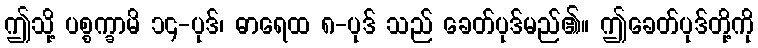
ဤသို့ ပစ္စက္ခာမိ ၁၄-ပုဒ်၊ ဓာရေထ ၈-ပုဒ် သည် ခေတ်ပုဒ်မည်၏။ ဤခေတ်ပုဒ်တို့ကို